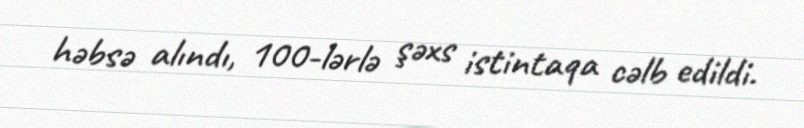
həbsə alındı, 100-lərlə şəxs istintaqa cəlb edildi.